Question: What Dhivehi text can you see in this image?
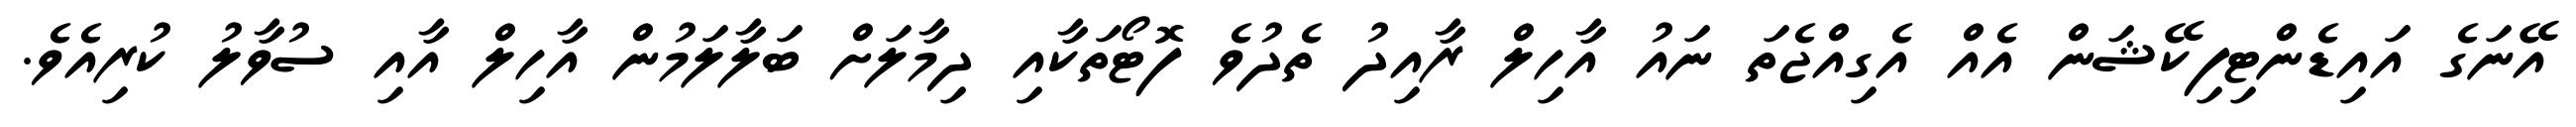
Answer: އޭނަގެ އައިޑެންޓިފިކޭޝަން އެއް އެގިއްޖެތަ ނައު އާހިލް ރާއިދު ތެދުވެ ފޮޓޯތަކާއި ދިމާލަށް ބަލާލަމުން އާހިލް އާއި ސުވާލު ކުރިއެވެ.